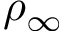
\rho _ { \infty }